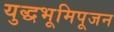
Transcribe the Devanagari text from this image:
युद्धभूमिपूजन